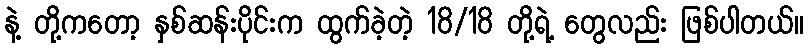
နဲ့ တို့ကတော့ နှစ်ဆန်းပိုင်းက ထွက်ခဲ့တဲ့ 18/18 တို့ရဲ့ တွေလည်း ဖြစ်ပါတယ်။